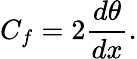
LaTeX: C_{f}=2{\frac{d\theta}{dx}}.